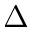
\Delta